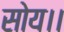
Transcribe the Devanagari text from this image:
सोय।।